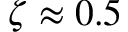
\zeta \approx 0 . 5